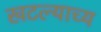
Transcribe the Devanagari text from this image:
खटल्याच्य